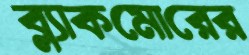
ব্ল্যাকমোরের